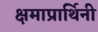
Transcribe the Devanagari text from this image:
क्षमाप्रार्थिनी